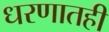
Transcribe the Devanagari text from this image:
धरणातही